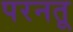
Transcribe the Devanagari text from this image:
परनतू